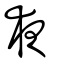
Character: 夜